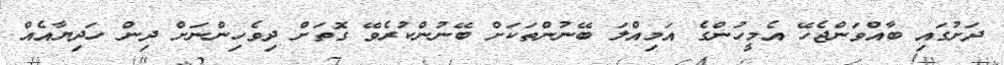
ދަށުގައި ބާއްވަންޖެހޭ އެމީހުންގެ އަމިއްލަ ބޭނުންތަކަށް ބޭނުންކުރެވޭ ގޮތަށް ދިވެހިންނަށް ދިން ހަދިޔާއެއް